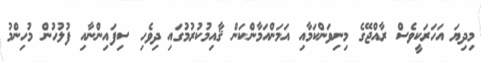
މިދިޔަ އަހަރަކީވެސް ރާއްޖޭގެ މިނިވަންކަމާއި އަމަންއަމާންކަން ޤާއިމުކުރުމުގައި ދިވެހި ސިފައިންނާއި ފުލުހުން މުހިންމު